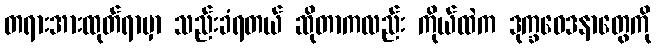
တရားအားထုတ်ရာမှာ သည်းခံရတယ် ဆိုတာကလည်း ကိုယ်ထဲက ဒုက္ခဝေဒနာတွေကို